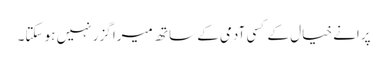
پرانے خیال کے کسی آدمی کے ساتھ میرا گزر نہیں ہو سکتا۔